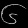
Digit: ၆